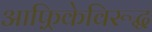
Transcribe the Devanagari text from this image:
आफ़्रिकेविरूद्ध